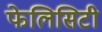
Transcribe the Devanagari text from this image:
फेलिसिटी